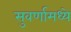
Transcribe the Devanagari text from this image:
सुवर्णामध्ये